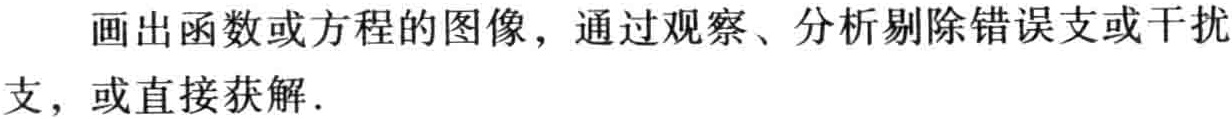
画出函数或方程的图像，通过观察、分析剔除错误支或干扰支，或直接获解.